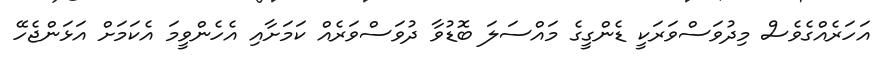
އަހަރެއްގެވެސް މިދުވަސްވަރަކީ ޑެންގީގެ މައްސަލަ ބޮޑުވާ ދުވަސްވަރެއް ކަމަށާއި އެހެންވީމަ އެކަމަށް އަޅަންޖެހޭ